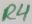
Text: R4